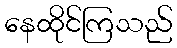
နေထိုင်ကြသည်